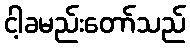
ငါ့ခမည်းတော်သည်